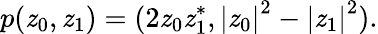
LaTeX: p(\mathit{z}_{0},\mathit{z}_{1})=(2\mathit{z}_{0}\mathit{z}_{1}^{\ast},\left|\mathit{z}_{0}\right|^{2}-\left|\mathit{z}_{1}\right|^{2}).